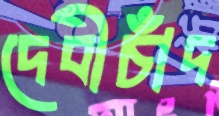
দেবীচাঁদ